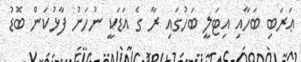
ޢަރަބި ބަހާއި އިޓަލީ ބަހުގައި ރާ ގެ އަޑަކީ ނުހަނު ފާޅުކަން ބޮޑު